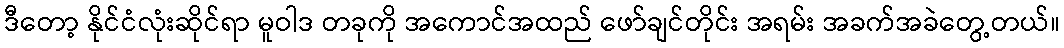
ဒီတော့ နိုင်ငံလုံးဆိုင်ရာ မူဝါဒ တခုကို အကောင်အထည် ဖော်ချင်တိုင်း အရမ်း အခက်အခဲတွေ့တယ်။